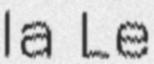
Ia Le